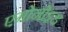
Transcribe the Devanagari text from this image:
एमोनोइड